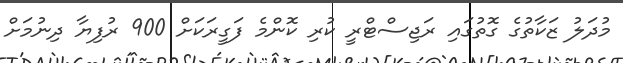
މުދަލު ޒަކާތުގެ ގޮތުގައި ރަޖިސްޓްރީ ކުރި ކޮންމެ ފަގީރަކަށް 900 ރުފިޔާ ދިނުމަށް